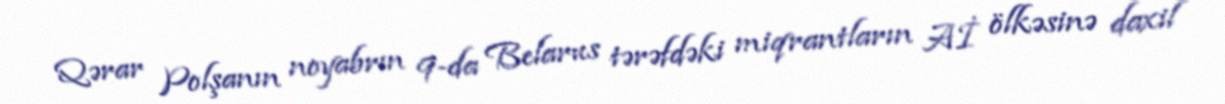
Qərar Polşanın noyabrın 9-da Belarus tərəfdəki miqrantların Aİ ölkəsinə daxil